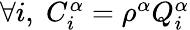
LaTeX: \begin{array}{r}{\forall i,\; C_{i}^{\alpha}=\rho^{\alpha}Q_{i}^{\alpha}}\end{array}